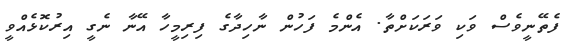
ފެތޭނީވެސް ވަކި ވަރަކަށްތާ. އެންމެ ފަހުން ނާހިދާގެ ފިރިމީހާ އޭނާ ނެގީ އިރުކޮޅެއްވީ